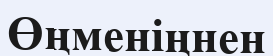
Өңменіңнен